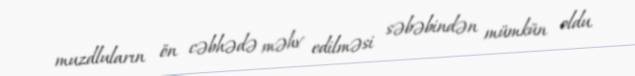
muzdluların ön cəbhədə məhv edilməsi səbəbindən mümkün oldu.